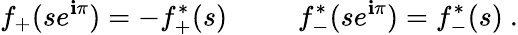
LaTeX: f_{+}(se^{\mathbf{i}\pi})=-f_{+}^{\ast}(s)~~~~~~~~~~f_{-}^{\ast}(se^{\mathbf{i}\pi})=f_{-}^{\ast}(s)~.